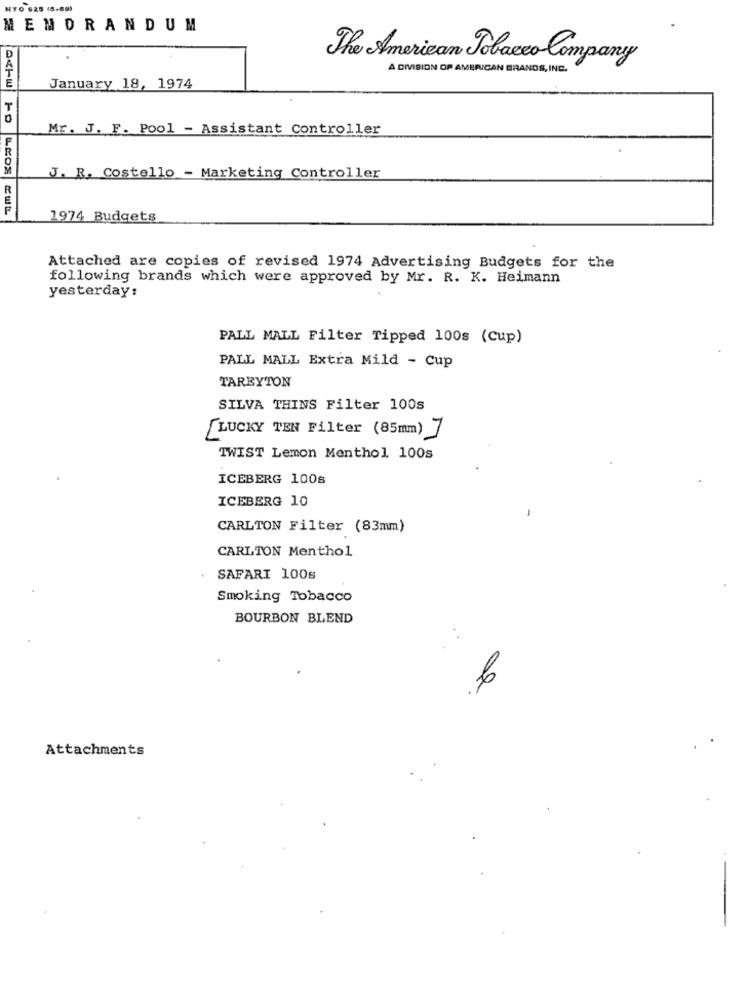
NY0 625 (8-69)
MEMORANDUM
D
The American Tobacco Company
A DIVISION OF AMERICAN BRANDS, INC.
E
January 18, 1974
T
0
Mr. J. F. Pool - Assistant Controller
F
M
J. R. Costello - Marketing Controller
1974 Budgets
Attached are copies of revised 1974 Advertising Budgets for the
following brands which were approved by Mr. R. K. Heimann
yesterday:
PALL MALL Filter Tipped 100s (Cup)
PALL MALL Extra Mild - Cup
TAREYTON
SILVA THINS Filter 100s
LUCKY TEN Filter (85mm) 7
TWIST Lemon Menthol 100s
ICEBERG 100s
ICEBERG 10
CARLTON Filter (83mm)
CARLTON Menthol
SAFARI 100s
Smoking Tobacco
BOURBON BLEND
6
Attachments